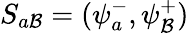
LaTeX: S_{a\mathcal{B}}=(\psi_{a}^{-},\psi_{\mathcal{B}}^{+})